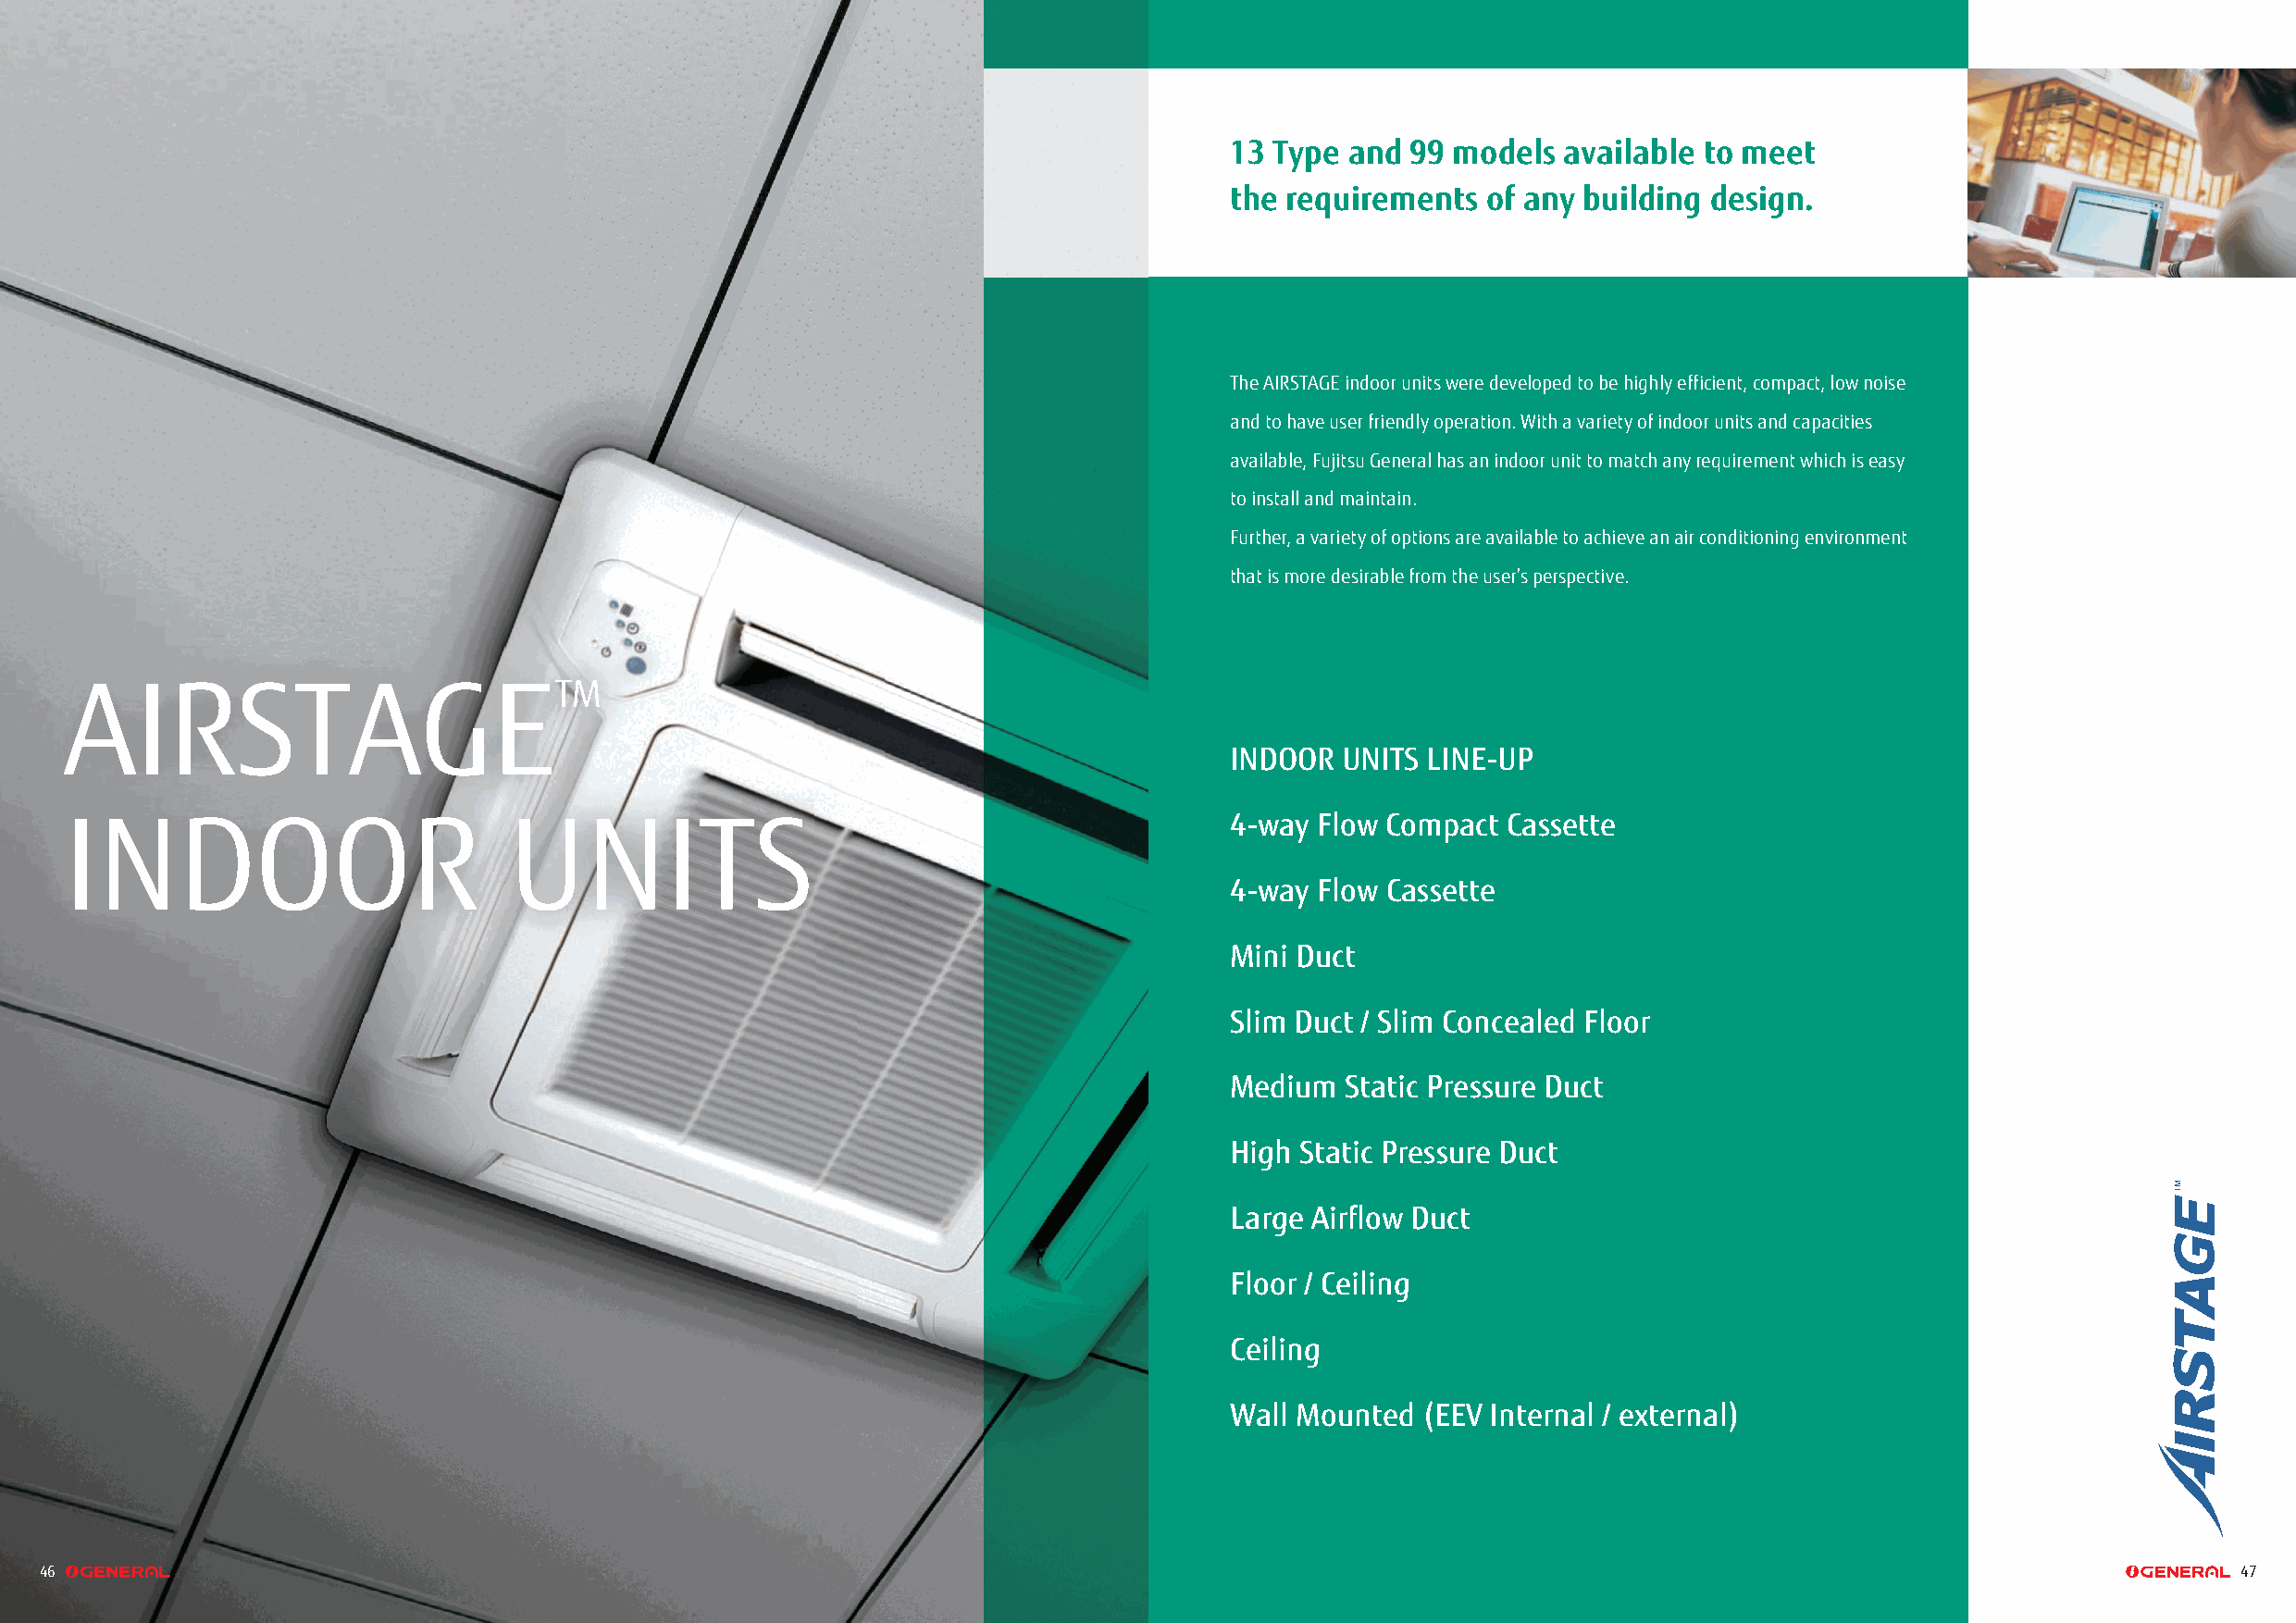
13 Type and  99 models  available to meet
 the requirements  of any building design.
 The AIRSTAGE indoor units were developed to be highly efficient, compact, low noise
 and to have user friendly operation. With a variety of indoor units and capacities
 available, Fujitsu General has an indoor unit to match any requirement which is easy
 to install and maintain.
 Further, a variety of options are available to achieve an air conditioning environment
 that is more desirable from the user’s perspective.
 AIRSTAGETM
 INDOOR  UNITS LINE-UP
 INDOOR                         UNITS                                               4-way Flow Compact  Cassette
 4-way Flow Cassette
 Mini Duct
 Slim Duct / Slim Concealed Floor
 Medium  Static Pressure Duct
 High Static Pressure Duct
 Large Airflow Duct
 Floor / Ceiling
 Ceiling
 Wall Mounted  (EEV Internal / external)
 46                                                                                                                                                           47